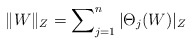
\begin{align*}\Vert W \Vert_Z = \sum\nolimits^n_{j=1} \vert \Theta_j(W) \vert_Z \end{align*}